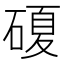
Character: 𥔹